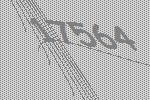
17564